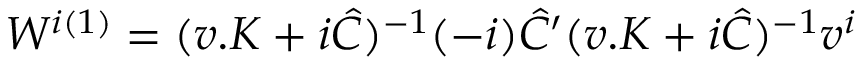
W ^ { i ( 1 ) } = ( v . K + i \hat { C } ) ^ { - 1 } ( - i ) \hat { C } ^ { \prime } ( v . K + i \hat { C } ) ^ { - 1 } v ^ { i }